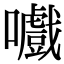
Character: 嚱